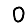
Digit: 0